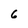
Character: 6